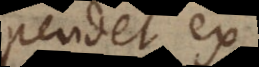
pendet ex